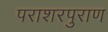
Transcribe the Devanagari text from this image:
पराशरपुराण